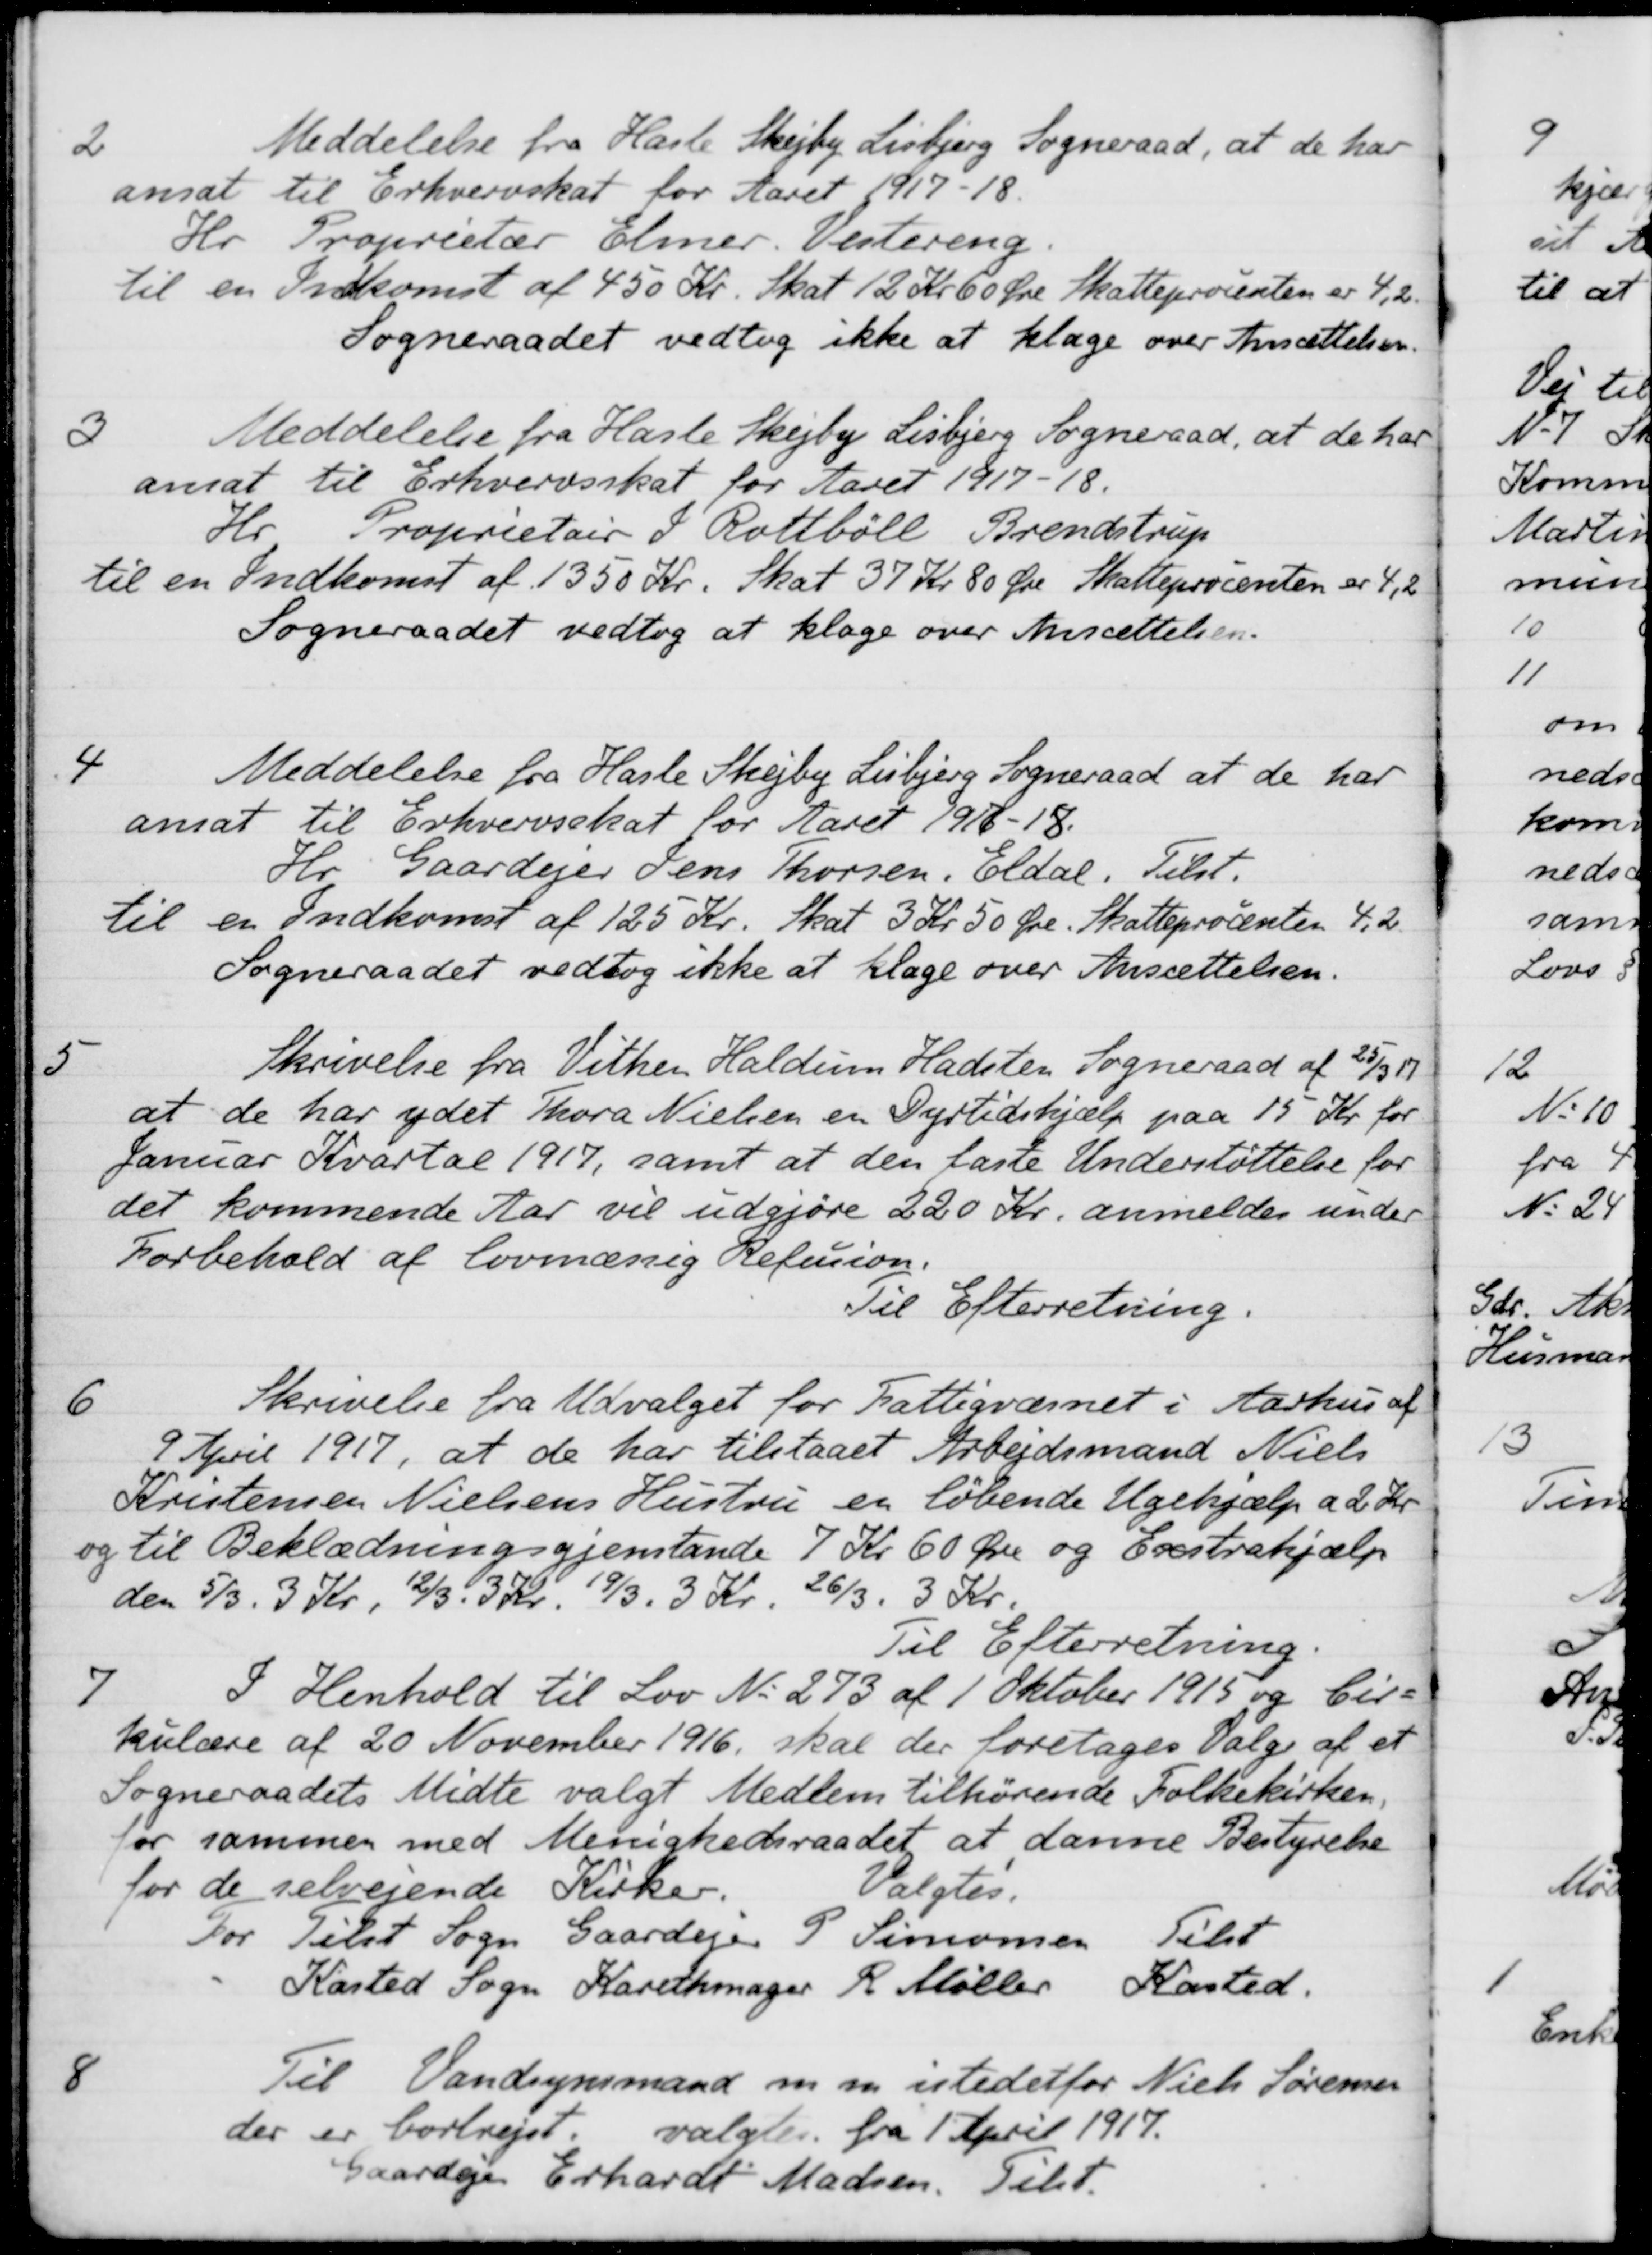
Transskription:
2
Meddelelse fra Hasle Skejby Lisbjerg Sogneraad, at de har
ansat til Erhvervskat for Aaret 1917-18.
Hr. Proprietær Elmer. Vestereng.
til en Indkomst af 450 Kr. Skat 12 Kr 60 Øre Skatteprocenten er 4,2
Sogneraadet vedtog ikke at klage over Ansættelsen.
3
Meddelelse fra Hasle Skejby Lisbjerg Sogneraad, at de har
ansat til Erhvervsskat for Aaret 1917-18.
Hr. Proprietær P. Rottbøll Brendstrup
til en Indkomst af 1350 Kr. Skat 37 Kr. 80 Øre Skatteprocenten er 4,2
Sogneraadet vedtog at klage over Ansættelsen.
4
Meddelelse fra Hasle Skejby Lisbjerg Sogneraad at de har
ansat til Erhvervsskat for Aaret 1917-18.
Hr. Gaardejer Jens Thorsen. Eldal. Tilst.
til en Indkomst af 125 Kr. Skat 3 Kr. 50 Øre. Skatteprocenten 4,2
Sogneraadet vedtog ikke at klage over Ansættelsen.
5
Skrivelse fra Vithen Haldum Hadsten Sogneraad af 25/3 1917
at de har ydet Thora Nielsen en Dyrtidshjælp paa 15 Kr for
Januar Kvartal 1917, samt at den faste Understøttelse for
det kommende Aar vil udgjøre 220 Kr. anmeldes under
Forbehold af lovmæssig Refusion.
Til Efterretning.
6
Skrivelse fra Udvalget for Fattigvæsnet i Aarhus af
9 April 1917, at de har tilstaaet Arbejdsmand Niels
Kristensen Nielsens Hustru er løbende Ugehjælp a 2 Kr
og til Beklædningsgjenstande 7 Kr 60 Øre og Exstrahjælp
den 5/3. 3 Kr. 12/3. 3 Kr. 19/3. 3 Kr. 26/3. 3 Kr.
Til Efterretning.
7
I Henhold til Lov No 273 af 1 Oktober 1915 og Cir
kulære af 20 November 1916, skal der foretages Valg af et
Sogneraadets Midte valgt Medlem tilhørende Folkekirken,
for sammen med Menighedsraadet at danne Bestyrelse
for de selvejende Kirker.
Valgtes.
For Tilst Sogn Gaardejer P Simonsen Tilst
Kasted Sogn Karethmager R. Møller Kasted.
8
Til Vandsynsmand m.m istedetfor Niels Sørensen
der er bortrejst. valgtes fra 1 April 1917.
gaardejer Erhardt Madsen. Tilst.